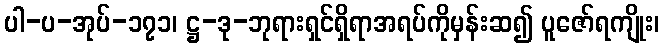
ပါ-ပ-အုပ်-၁၇၁၊ ဋ္ဌ-ဒု-ဘုရားရှင်ရှိရာအရပ်ကိုမှန်းဆ၍ ပူဇော်ရကျိုး၊